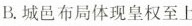
B.城邑布局体现皇权至上